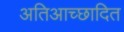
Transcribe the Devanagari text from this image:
अतिआच्छादित